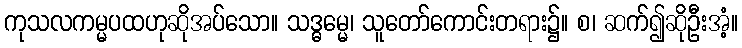
ကုသလကမ္မပထဟုဆိုအပ်သော။ သဒ္ဓမ္မေ၊ သူတော်ကောင်းတရား၌။ စ၊ ဆက်၍ဆိုဦးအံ့။